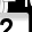
Digit: 2